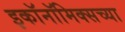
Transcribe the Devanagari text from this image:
इकॉनॉमिक्सच्या